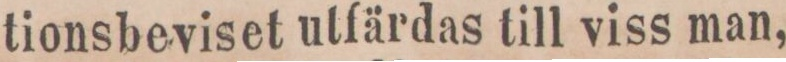
tionsbeviset utfärdas till viss man,